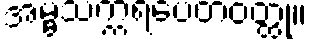
အမ္ဗသက္ကရပေတဝတ္ထု။